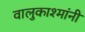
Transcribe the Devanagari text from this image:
वालुकाश्मांनी